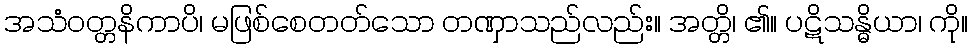
အသံဝတ္တနိကာပိ၊ မဖြစ်စေတတ်သော တဏှာသည်လည်း။ အတ္တိ၊ ၏။ ပဋိသန္ဓိယာ၊ ကို။